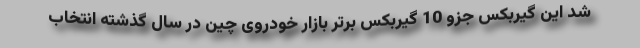
شد این گیربکس جزو 10 گیربکس برتر بازار خودروی چین در سال گذشته انتخاب